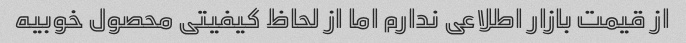
از قیمت بازار اطلاعی ندارم اما از لحاظ کیفیتی محصول خوبیه